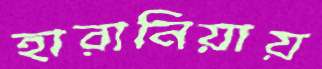
হারানিয়ায়